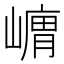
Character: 𭗞